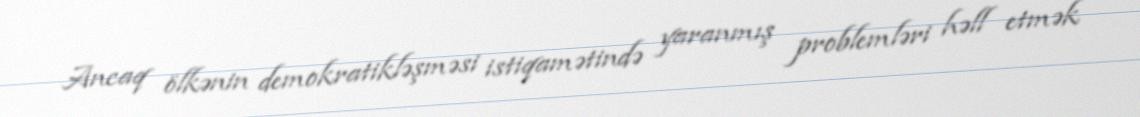
Ancaq ölkənin demokratikləşməsi istiqamətində yaranmış problemləri həll etmək